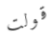
قولت